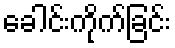
ခေါင်းကိုက်ခြင်း